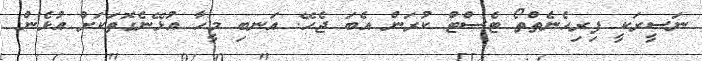
ނަސީރަކީ ފިރިހެނެތްތޯ ޓެސްޓް ކުރަން އެބަ ޖެހޭ. އަނބި މީހާ އުޅޭނެގޮތަކަށް އުޅެން